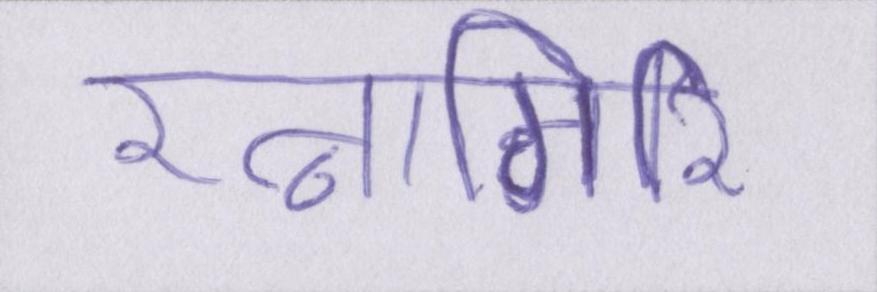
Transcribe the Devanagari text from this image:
रत्नागिरि